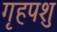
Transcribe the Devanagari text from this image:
गृहपशु